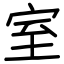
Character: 室